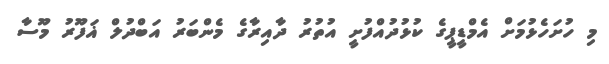
މި ހުށަހެޅުމަށް އެމްޑީޕީގެ ކުޅުދުއްފުށީ އުތުރު ދާއިރާގެ މެންބަރު އަބްދުލް ޣަފޫރު މޫސާ